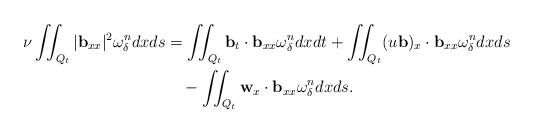
\begin{align*} \nu\iint_{Q_t} |\mathbf{b}_{xx}|^2 \omega_\delta ^n dxds &=\iint_{Q_t} \mathbf{b}_t\cdot \mathbf{b}_{xx} \omega_\delta ^n dxdt+\iint_{Q_t} (u\mathbf{b})_x\cdot \mathbf{b}_{xx} \omega_\delta ^n dxds\\ &\quad-\iint_{Q_t} \mathbf{w}_x\cdot \mathbf{b}_{xx} \omega_\delta ^n dxds. \end{align*}